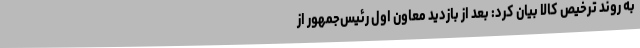
به روند ترخیص کالا بیان کرد: بعد از بازدید معاون اول رئیس‌جمهور از